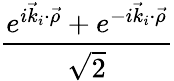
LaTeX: \frac{e^{i\vec{k}_{i}\cdot\vec{\rho}}+e^{-i\vec{k}_{i}\cdot\vec{\rho}}}{\sqrt{2}}